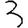
Digit: 3